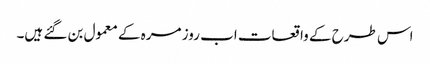
اس طرح کے واقعات اب روز مرہ کے معمول بن گئے ہیں۔